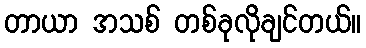
တာယာ အသစ် တစ်ခုလိုချင်တယ်။